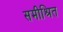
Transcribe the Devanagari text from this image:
समीश्रित